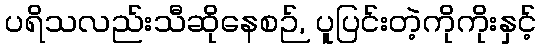
ပရိသလည်းသီဆိုနေစဉ်, ပူပြင်းတဲ့ကိုကိုးနှင့်